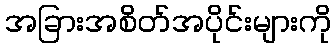
အခြားအစိတ်အပိုင်းများကို